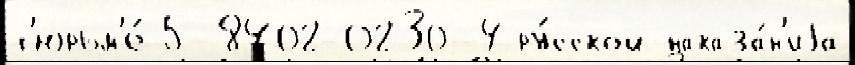
т'юрьм'е́ 5-8402-0230-4 ру́сской наказа́н'иjа